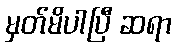
မှတ်မိပါပြီ ဆရာ